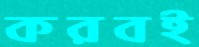
করবই